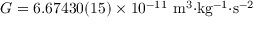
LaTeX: G = 6 . 6 7 4 3 0 ( 1 5 ) \times 1 0 ^ { - 1 1 } \mathrm { { \ m ^ { 3 } { \cdot } k g ^ { - 1 } { \cdot } s ^ { - 2 } } }